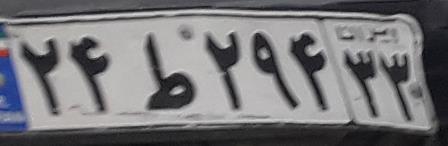
۲۴ط۲۹۴۳۳